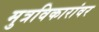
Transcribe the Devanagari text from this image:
मुत्रविकारांवर